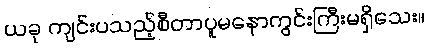
ယခု ကျင်းပသည့်စီတာပူမနောကွင်းကြီးမရှိသေး။